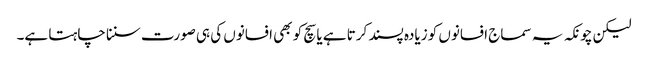
لیکن چونکہ یہ سماج افسانوں کو زیادہ پسند کرتا ہے یا سچ کو بھی افسانوں کی ہی صورت سننا چاہتا ہے۔